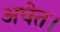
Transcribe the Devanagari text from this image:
अचेत।